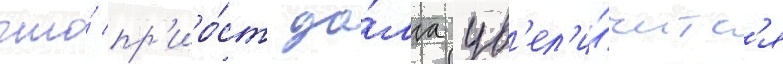
что́ пр'иро́ст до́лга ув'ел'и́читс'я